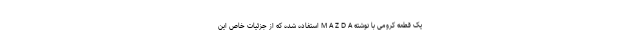
یک قطعه کرومی با نوشته M A Z D A استفاده شده که از جزئیات خاص این